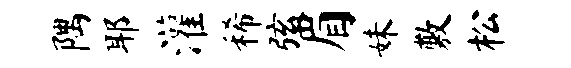
隅耶灌稀弦眉妹敷松